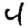
Digit: 4